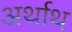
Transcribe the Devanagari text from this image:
अर्थाथ